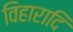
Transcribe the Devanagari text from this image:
विहारादि